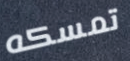
تمسكه